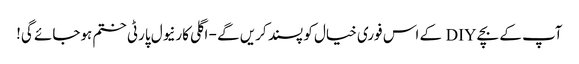
آپ کے بچے DIY کے اس فوری خیال کو پسند کریں گے - اگلی کارنیول پارٹی ختم ہوجائے گی!